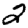
Digit: 2